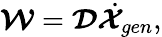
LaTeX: \boldsymbol{\mathcal{W}}=\boldsymbol{\mathcal{D}}\dot{\boldsymbol{\mathcal{X}}}_{gen},